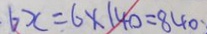
6 x = 6 \times 1 4 0 = 8 4 0